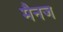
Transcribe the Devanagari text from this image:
मैनज